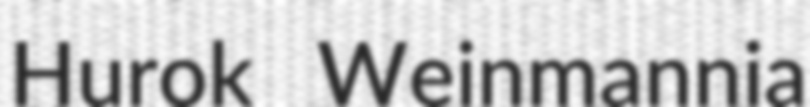
Hurok Weinmannia